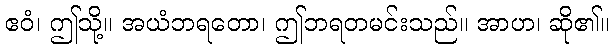
ဧဝံ၊ ဤသို့။ အယံဘရတော၊ ဤဘရတမင်းသည်။ အာဟ၊ ဆို၏။